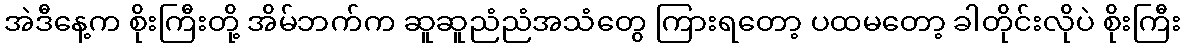
အဲဒီနေ့က စိုးကြီးတို့ အိမ်ဘက်က ဆူဆူညံညံအသံတွေ ကြားရတော့ ပထမတော့ ခါတိုင်းလိုပဲ စိုးကြီး